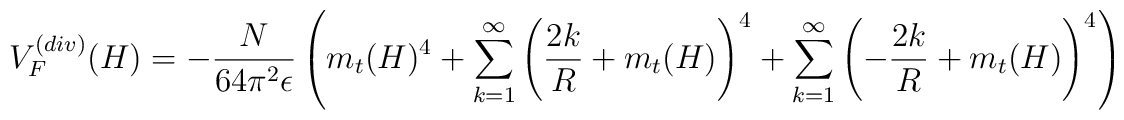
V_F^{(div)}(H) =-\frac{N}{64 \pi^2 \epsilon}\left(m_t(H)^4 +\sum_{k=1}^{\infty}\left(\frac{2k}{R} + m_t(H)\right )^4 + \sum_{k=1}^{\infty}\left(-\frac{2k}{R} +m_t(H)\right )^4 \right)